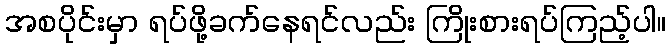
အစပိုင်းမှာ ရပ်ဖို့ခက်နေရင်လည်း ကြိုးစားရပ်ကြည့်ပါ။